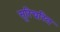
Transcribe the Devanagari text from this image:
सूरिचरित